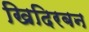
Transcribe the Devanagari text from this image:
खिदिरबन